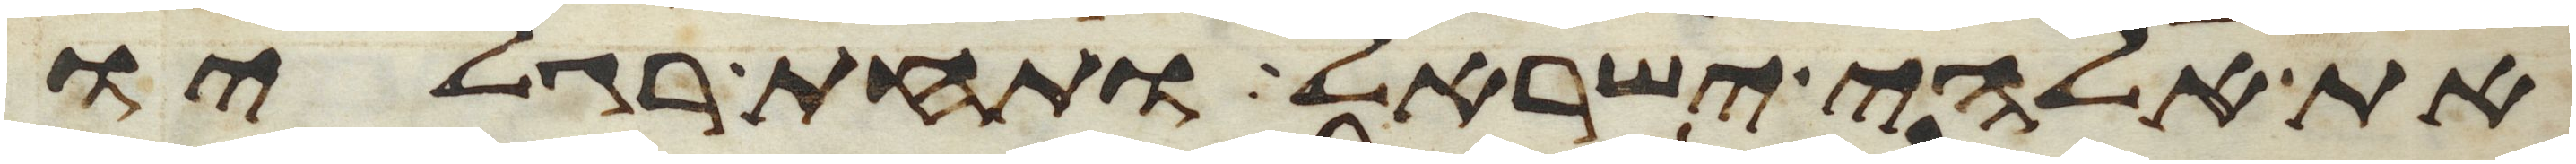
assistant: את אלהי ישראל ותחת רגליו